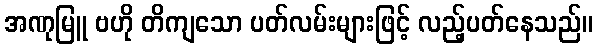
အဏုမြူ ဗဟို တိကျသော ပတ်လမ်းများဖြင့် လည့်ပတ်နေသည်။